Lunatic asylums Madras 1892-1911 - 1892-1911
Year: 1892
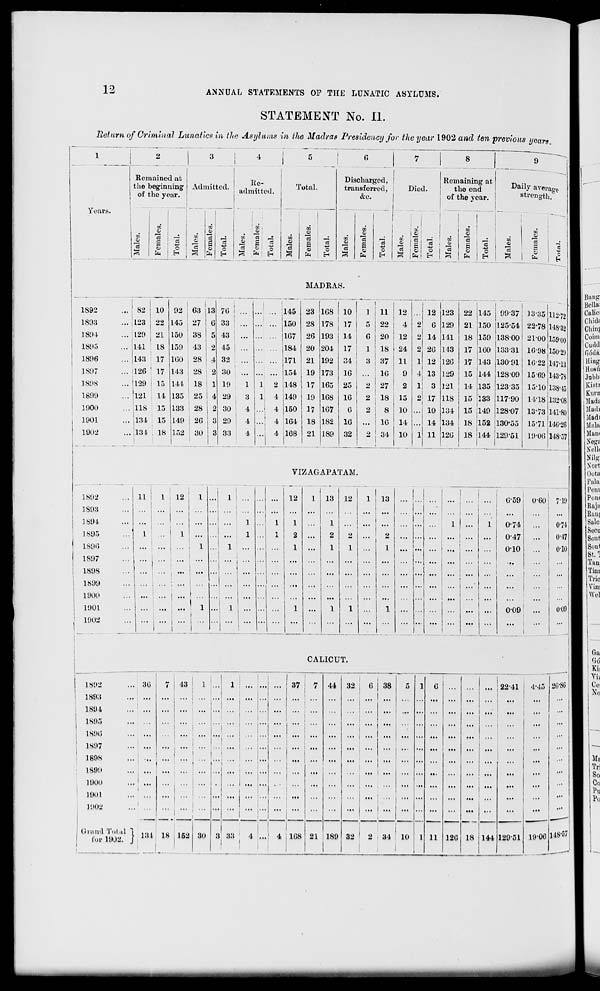
12
ANNUAL STATEMENTS OP THE LUNATIC ASYLUMS.
STATEMENT No. II.
Return of Criminal Lunatics in the Asylums in the Madras Presidency for the year 1902 and ten previous years
1892
1893
1894
1895
1806
1S97
1808
1800
1900
1901
1902
1892
1893
1894
1895
1896
1897
1898
1899
1900
1901
10O2
Remained at
the beginning
of the year.
O
3
CO
o
fa
o
3
1
Admitted. !
r/j
<U
CO
CS
"5 s
o
5M
c
Ke-
admitted.
Total.
■J.
3 _s
o
En
*
,3
o
I
CO
i
o i
CO
rt !
4)
£ i
o i
a fa 1 o
H
6
Discharged,
transferred,
&c.
Died.
CO
o
c3
—<
CO
o
"3
S c
fa
8
Remaining at
the end
of the vear.
Daily average
strength.
a.
0>
S
« i ^J
O
H
c
8 |fa! EH
;
GO
0)
C3
CO
s
01
3 i
«
o
1 fa
H
a 1
to
o
s
o
fa
0
MADRAS.
..82
i sa ;
.. l_3
.. 120 !
.. 1143
.. !126 '
.. 1129 I
.. 121
... 118
.. 134
... 134
10
22
21
18
17
17
15
14
15
15
18
92
145
150
159
100
143
141.
135
133
149
152
63
27
38
43
28
28
18
25
28
; 26
!30
13
6
5
2
4
2
1
4
2
3
3
70 i
33 I
43
45
32
30
19
29
30
29
33
1
3
4
4
4
2
4
4
145
150
167
184
171
154
148
149
150
4 |164
4 168
23 1G8 !
28 178
26 193
20 204
21 192
19 173
17 165
19 168
17 167
18 182
21 189
10
17
14
17
34
16
25
16
0
1G
32
VIZAGAPATAM.
11
1 i 12 ; 1
1 ! ...
12
1
2
1
13
1
2
1
12
CALICUT.
1802
1893
1891
1S95
1SO0
1897
189s
1800
1900
1901
LOOS
Grand Total
I'.ji- 1902.
. 30
7
. ...
_ !
... |
... |
i
... .
.
..
...
43
1 ...
131 18 , 152
...
'"j
1
...1
1
'I
...
•••!
30 3
!
... I ...
...
37
... I
33
4
l
i
I
4 1168
7 44
...
... ...
... ...
... ...
21 189
1 1
1 i 11
5 ' 22
6 | 20
1 j 18
3 J 37
10
27
2 | 18
2 j 8
... | 10
2 ! 34
12
4
12
24
11
9
2
15
10
14
10
12
0
14
26
12
13
3
17
10
14
11
123 22
129 21
141 18
148 17
120 17
129 15
121 14
118 15
134 15
134 18
120 18
145
!l50
159
J100
143
99-37
12554
13800
133-31
13091
13-35
22-78
21-00
112-72
148-32
15900
144 128-09
135
133
149
123-35
117-90
128-07
152 i 130-55
144 129-51
10-98 150-29
10-22 147-13
1509 J143-78
15-101138-45
14-18 132-08
13-73 141-80
15-71 140-26
19-06 148-57
13
I •"
0-59 0-601 710
0-74
0-47
010
0-74
0-47
o-io
009
32 j 0 38
i •
32 • 2 i 34 10
1 0 ...
... ... ...
...
...
...
...
...
...
...
...
1 11 120
.. 122-41 j 4-15
18 144 12951 19-06
20-80
148-57'